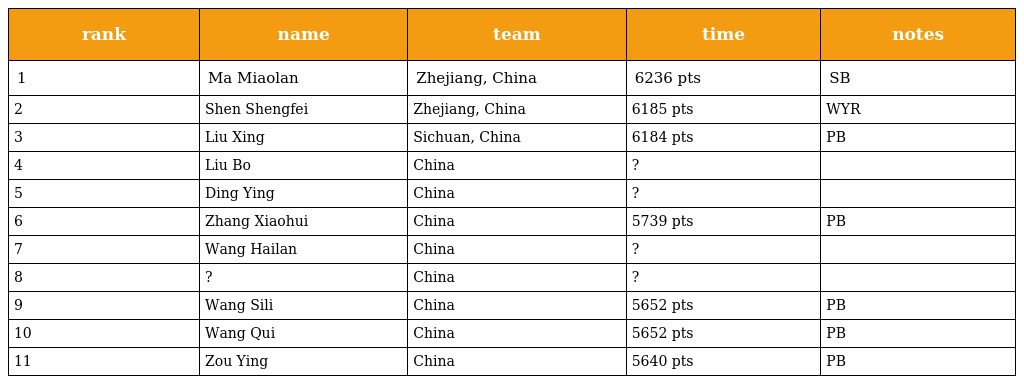
| rank | name | team | time | notes |
 | --- | --- | --- | --- | --- |
 | 1 | Ma Miaolan | Zhejiang, China | 6236 pts | SB |
 | 2 | Shen Shengfei | Zhejiang, China | 6185 pts | WYR |
 | 3 | Liu Xing | Sichuan, China | 6184 pts | PB |
 | 4 | Liu Bo | China | ? |  |
 | 5 | Ding Ying | China | ? |  |
 | 6 | Zhang Xiaohui | China | 5739 pts | PB |
 | 7 | Wang Hailan | China | ? |  |
 | 8 | ? | China | ? |  |
 | 9 | Wang Sili | China | 5652 pts | PB |
 | 10 | Wang Qui | China | 5652 pts | PB |
 | 11 | Zou Ying | China | 5640 pts | PB |